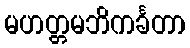
မဟတ္တမဘိကင်္ခတာ